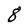
Character: 8